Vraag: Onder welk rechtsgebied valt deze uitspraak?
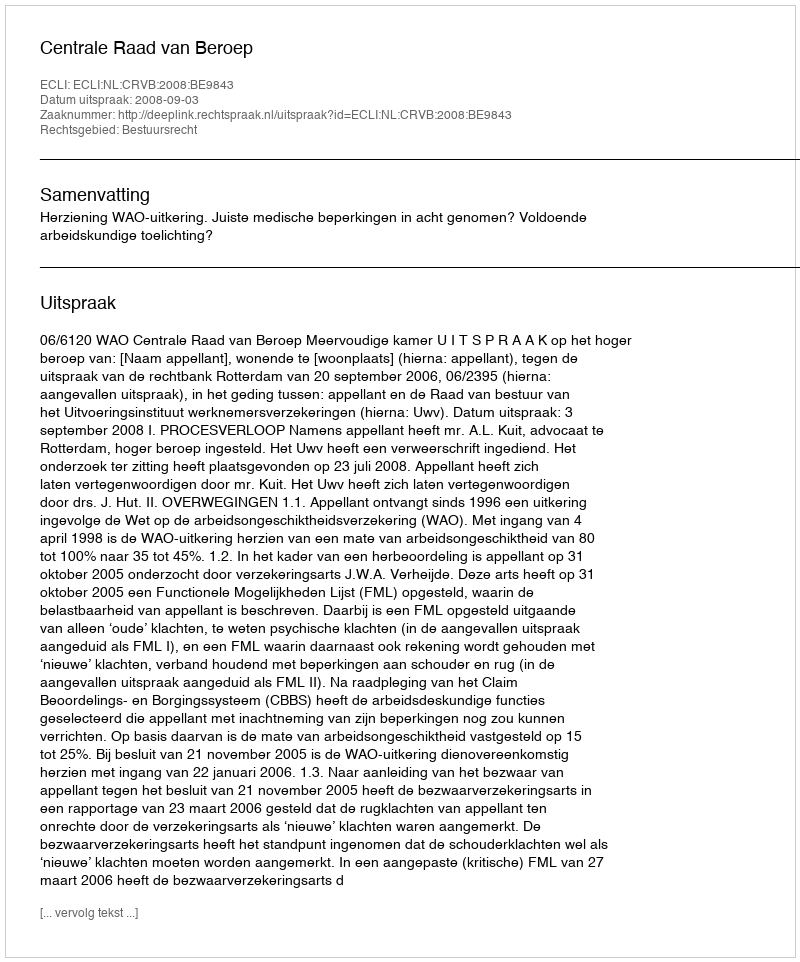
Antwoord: Bestuursrecht